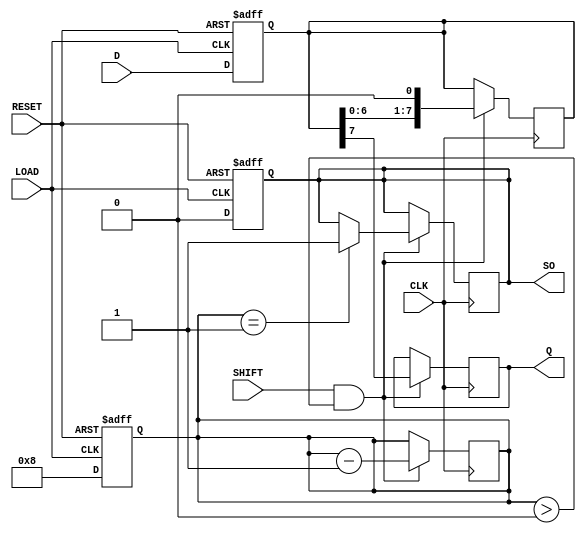
module PISO_Register #(
    parameter WIDTH = 8  // Define the width of the register
)(
    input wire [WIDTH-1:0] D,      // Parallel data input
    input wire LOAD,                // Load control signal
    input wire SHIFT,               // Shift control signal
    input wire CLK,                 // Clock signal
    input wire RESET,               // Asynchronous reset signal
    output reg Q,                   // Serial output
    output reg SO                   // Shifted Out Indicator
);

    reg [WIDTH-1:0] shift_reg;      // Internal shift register
    reg [3:0] bit_count;             // Counter for shifted bits

    // Asynchronous reset and loading of data
    always @(posedge LOAD or posedge RESET) begin
        if (RESET) begin
            shift_reg <= {WIDTH{1'b0}}; // Clear the register
            bit_count <= 0;             // Reset bit count
            SO <= 1'b0;                 // Clear shifted out indicator
        end else begin
            shift_reg <= D;             // Load data into the register
            bit_count <= WIDTH;         // Set bit count to WIDTH
            SO <= 1'b0;                 // Clear shifted out indicator
        end
    end

    // Shifting operation
    always @(posedge CLK) begin
        if (SHIFT && bit_count > 0) begin
            Q <= shift_reg[WIDTH-1];    // Output the MSB
            shift_reg <= shift_reg << 1; // Shift left
            bit_count <= bit_count - 1;  // Decrement bit count
            if (bit_count == 1) begin
                SO <= 1'b1;             // Set shifted out indicator when last bit is shifted
            end
        end
    end

endmodule